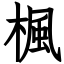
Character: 楓